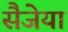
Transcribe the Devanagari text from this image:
सैजेया